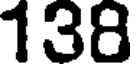
138